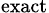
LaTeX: _{\mathrm{exact}}